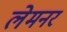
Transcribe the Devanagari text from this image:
लेमनर